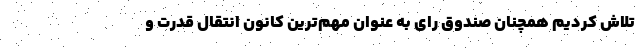
تلاش کردیم همچنان صندوق رای به عنوان مهم‌ترین کانون انتقال قدرت و